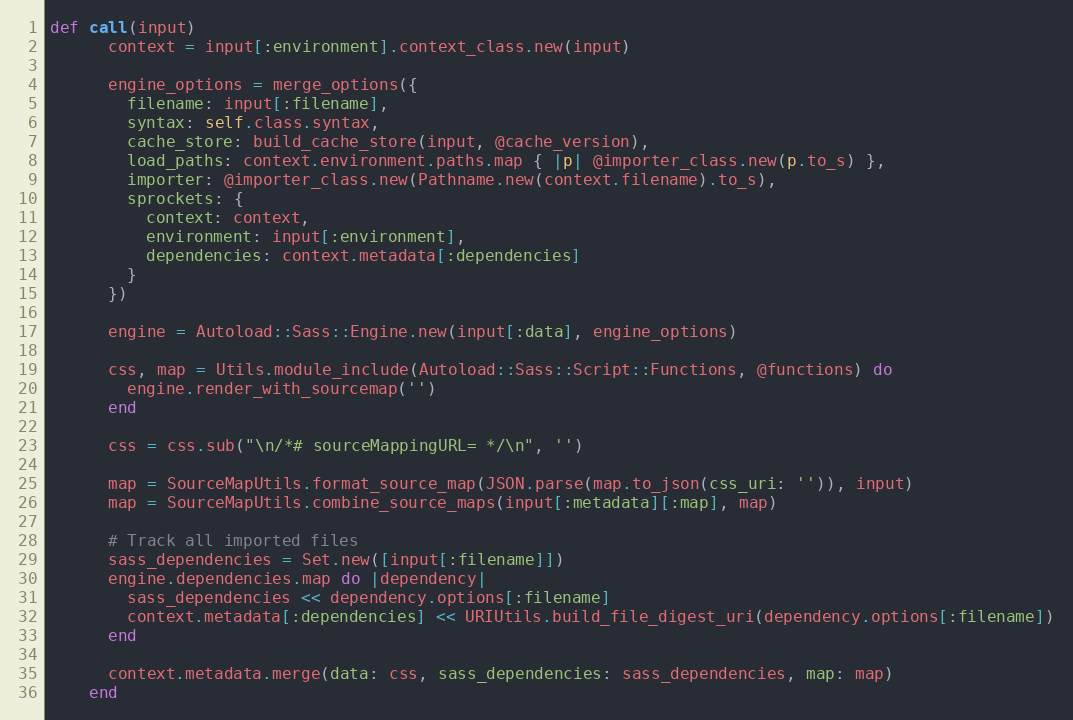
Language: Ruby
def call(input)
      context = input[:environment].context_class.new(input)

      engine_options = merge_options({
        filename: input[:filename],
        syntax: self.class.syntax,
        cache_store: build_cache_store(input, @cache_version),
        load_paths: context.environment.paths.map { |p| @importer_class.new(p.to_s) },
        importer: @importer_class.new(Pathname.new(context.filename).to_s),
        sprockets: {
          context: context,
          environment: input[:environment],
          dependencies: context.metadata[:dependencies]
        }
      })

      engine = Autoload::Sass::Engine.new(input[:data], engine_options)

      css, map = Utils.module_include(Autoload::Sass::Script::Functions, @functions) do
        engine.render_with_sourcemap('')
      end

      css = css.sub("\n/*# sourceMappingURL= */\n", '')

      map = SourceMapUtils.format_source_map(JSON.parse(map.to_json(css_uri: '')), input)
      map = SourceMapUtils.combine_source_maps(input[:metadata][:map], map)

      # Track all imported files
      sass_dependencies = Set.new([input[:filename]])
      engine.dependencies.map do |dependency|
        sass_dependencies << dependency.options[:filename]
        context.metadata[:dependencies] << URIUtils.build_file_digest_uri(dependency.options[:filename])
      end

      context.metadata.merge(data: css, sass_dependencies: sass_dependencies, map: map)
    end